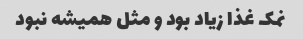
نمک غذا زیاد بود و مثل همیشه نبود